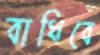
বাধিবে